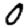
Digit: 0